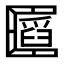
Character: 𠥪